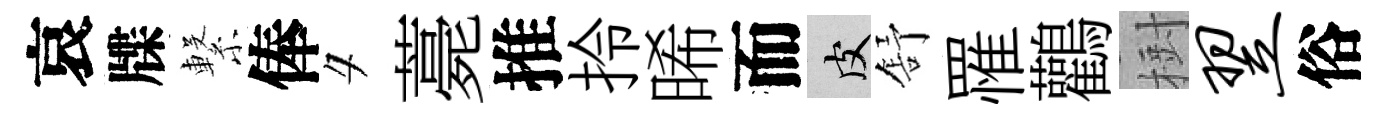
哀牒繋俸夕薧推拎晞而皮舒罹鸛𣗳翌俗